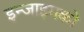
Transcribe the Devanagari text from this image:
इन्जाइमको